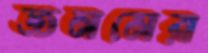
জনমের